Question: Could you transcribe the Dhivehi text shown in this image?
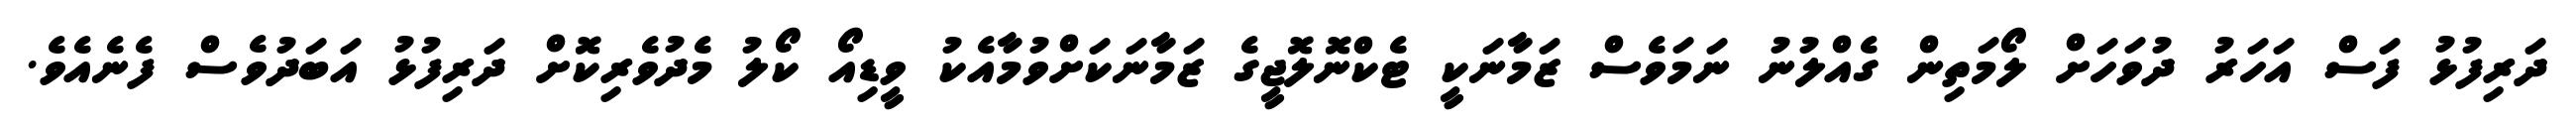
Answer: ދަރިފުޅު ފަސް އަހަރު ދުވަހަށް ލޯމަތިން ގެއްލުނު ނަމަވެސް ޒަމާނަކީ ޓެކްނޮލޮޖީގެ ޒަމާނަކަށްވުމާއެކު ވީޑިއޯ ކޯލު މެދުވެރިކޮށް ދަރިފުޅު އަބަދުވެސް ފެނެއެވެ.